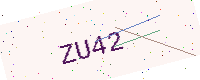
Text: ZU42